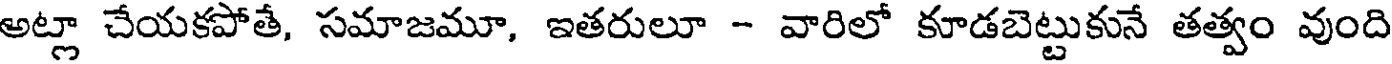
అట్లా చేయకపోతే, సమాజమూ, ఇతరులూ - వారిలో కూడబెట్టుకునే తత్వం వుంది